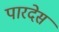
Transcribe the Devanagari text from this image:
पारदेस